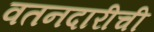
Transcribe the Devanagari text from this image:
वतनदारीची